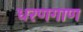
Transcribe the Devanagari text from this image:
धरणगाण